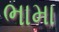
ભામા